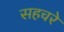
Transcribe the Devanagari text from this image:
सहचरे